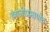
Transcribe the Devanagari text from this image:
इंग्रजीप्रमाणेच